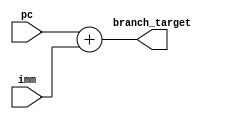
`timescale 1ns / 1ps
//////////////////////////////////////////////////////////////////////////////////
// Company: 
// Engineer: 
// 
// Design Name: 
// Module Name: BranchLogic
// Project Name: 
// Target Devices: 
// Tool Versions: 
// Description: 
// 
// Dependencies: 
// 
// Revision:
// Revision 0.01 - File Created
// Additional Comments:
// 
//////////////////////////////////////////////////////////////////////////////////


module BranchTarget(
    input [31:0] pc,
    input [31:0] imm,
    output [31:0] branch_target
    );
    
    assign branch_target = pc + imm;  
                                         
endmodule